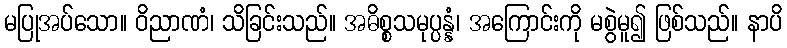
မပြုအပ်သော။ ဝိညာဏံ၊ သိခြင်းသည်။ အဓိစ္စသမုပ္ပန္နံ၊ အကြောင်းကို မစွဲမူ၍ ဖြစ်သည်။ နာပိ